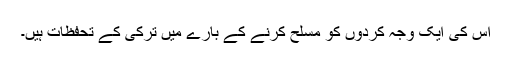
اس کی ایک وجہ کردوں کو مسلح کرنے کے بارے میں ترکی کے تحفظات ہیں۔